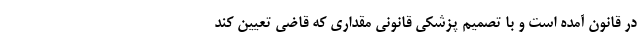
در قانون آمده است و با تصمیم پزشکی قانونی مقداری که قاضی تعیین کند